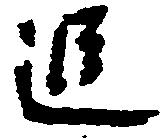
追